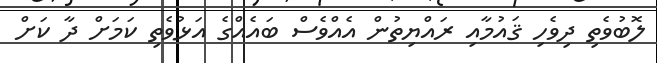
ލޮބުވެތި ދިވެހި ޤައުމާއި ރައްޔިތުން އެއްވެސް ބައެއްގެ އަޅުވެތި ކަމަށް ދާ ކަށް